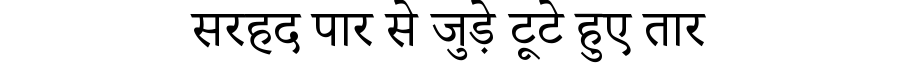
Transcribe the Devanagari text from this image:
सरहद पार से जुड़े टूटे हुए तार